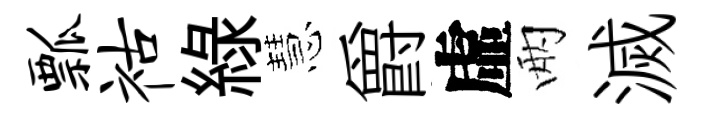
瓢祜緑慧爵虛兩滅